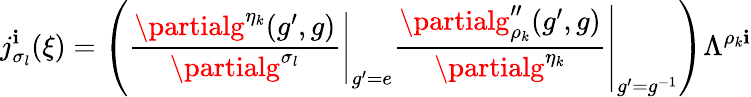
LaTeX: j_{\sigma_{l}}^{\mathbf{i}}(\xi)=\left(\left.\frac{{\partialg^{\eta_{k}}(g^{\prime},g)}}{{\partialg^{\sigma_{l}}}}\right|_{g^{\prime}=e}\left.\frac{{\partialg_{\rho_{k}}^{\prime\prime}(g^{\prime},g)}}{{\partialg^{\eta_{k}}}}\right|_{g^{\prime}=g^{-1}}\right)\Lambda^{\rho_{k}\mathbf{i}}